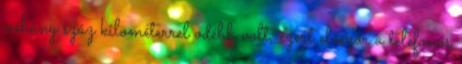
néhány száz kilométerrel odébb volt, ezért először a telefonos